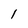
Character: 1